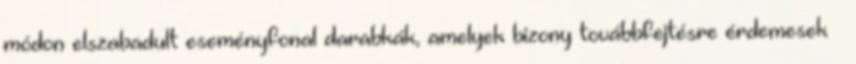
módon elszabadult eseményfonal darabkák, amelyek bizony továbbfejtésre érdemesek –